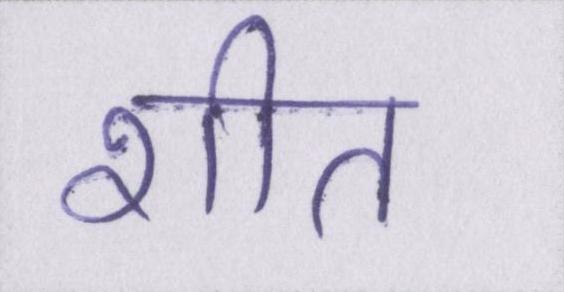
शीत